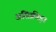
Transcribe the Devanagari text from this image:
असिक्रीड़ा